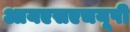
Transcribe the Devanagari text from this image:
आयएसएचयूपी